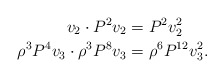
\begin{align*}v_2 \cdot P^2 v_2 & = P^2 v_2^2 \\\rho^3 P^4 v_3 \cdot \rho^3 P^8 v_3 & = \rho^6 P^{12} v_3^2.\end{align*}